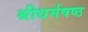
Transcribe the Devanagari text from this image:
श्रीधर्मषष्ठ